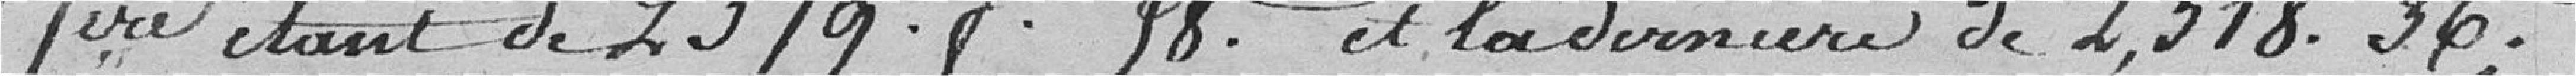
première étant de 2.379 francs 58 centimes et la dernière de 2.318 francs 36 centimes